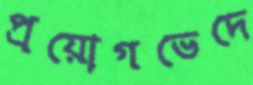
প্রয়োগভেদে